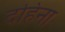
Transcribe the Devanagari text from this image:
दहिना